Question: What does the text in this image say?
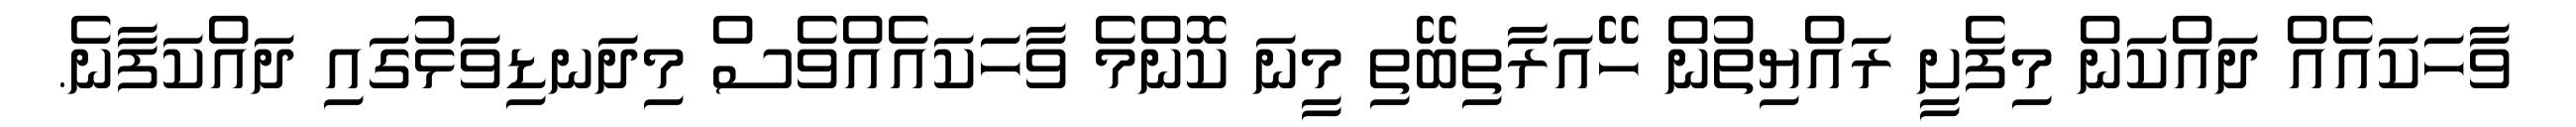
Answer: ވާހަކައެއް ދައްކަން މިފެށީ ރައްޔިތުން ހޭއަރާތިބޭތި މީނަ ކޮންމެ ވާހަކައެއްވެސް މިދަނޑިވަޅުގައި ދައްކަފާނެ.